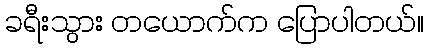
ခရီးသွား တယောက်က ပြောပါတယ်။